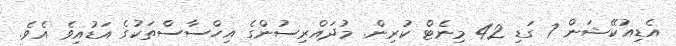
އެޑިއުކޭޝަން 7 ގަޑި 42 މިނެޓް ކުރިން. މުދައްރިސުންގެ އިހްސާސްތަކުގެ އަޑުއިވެ އެވެ.